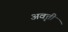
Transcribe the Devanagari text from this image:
अवृत्ती